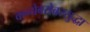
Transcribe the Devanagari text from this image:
कन्येबरोबरसुद्धा